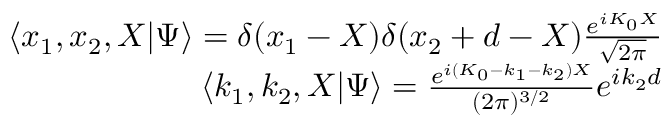
\begin{array} { r } { \langle x _ { 1 } , x _ { 2 } , X | \Psi \rangle = \delta ( x _ { 1 } - X ) \delta ( x _ { 2 } + d - X ) \frac { e ^ { i K _ { 0 } X } } { \sqrt { 2 \pi } } } \\ { \langle k _ { 1 } , k _ { 2 } , X | \Psi \rangle = \frac { e ^ { i ( K _ { 0 } - k _ { 1 } - k _ { 2 } ) X } } { ( 2 \pi ) ^ { 3 / 2 } } e ^ { i k _ { 2 } d } } \end{array}